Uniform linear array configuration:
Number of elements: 8
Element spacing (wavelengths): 1
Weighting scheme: hamming
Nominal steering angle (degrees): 45
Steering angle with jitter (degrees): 45.062
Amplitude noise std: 0.05
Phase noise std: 0.05

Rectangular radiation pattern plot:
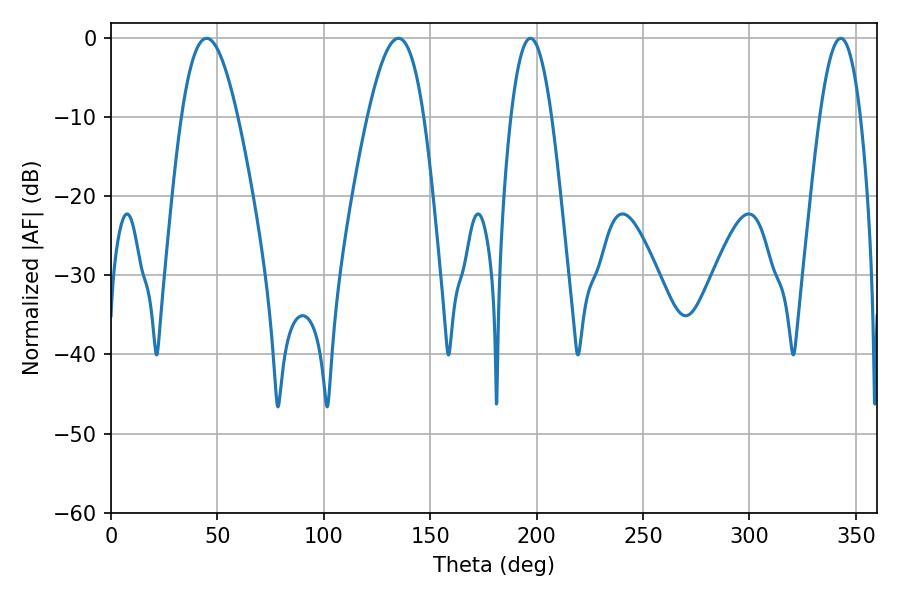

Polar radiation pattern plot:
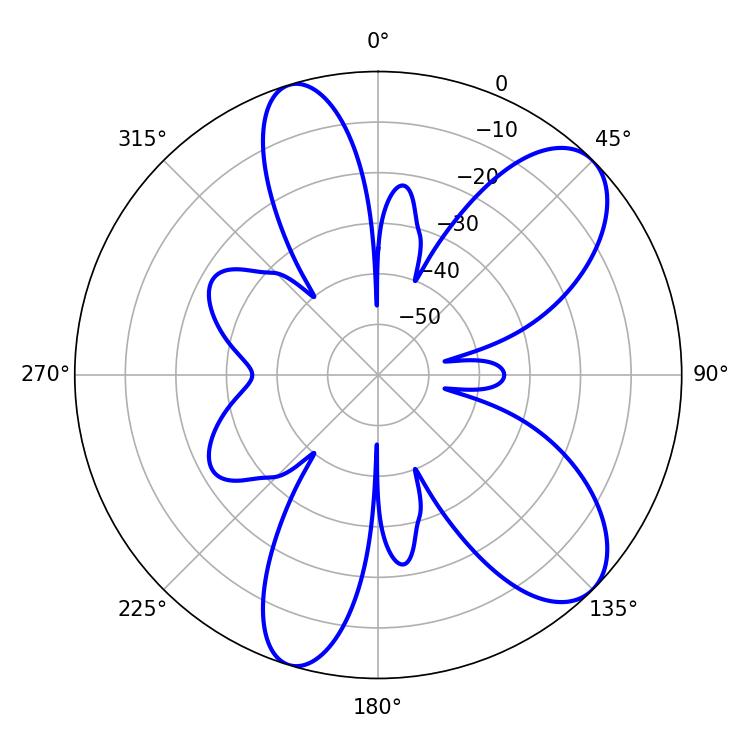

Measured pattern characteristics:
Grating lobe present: TRUE
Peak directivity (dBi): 8.765
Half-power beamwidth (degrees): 10.62
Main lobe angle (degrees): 342.9